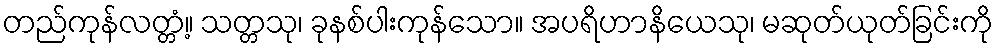
တည်ကုန်လတ္တံ့။ သတ္တသု၊ ခုနစ်ပါးကုန်သော။ အပရိဟာနိယေသု၊ မဆုတ်ယုတ်ခြင်းကို